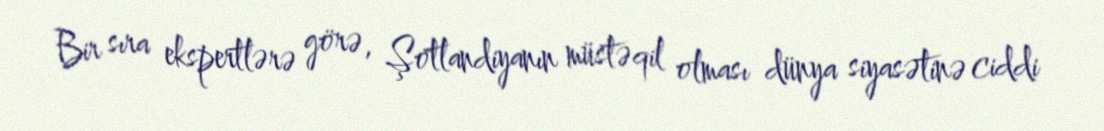
Bir sıra ekspertlərə görə, Şotlandiyanın müstəqil olması dünya siyasətinə ciddi